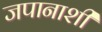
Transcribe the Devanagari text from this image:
जपानाशी